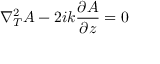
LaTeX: \nabla _ { T } ^ { 2 } A - 2 i k { \frac { \partial A } { \partial z } } = 0